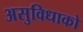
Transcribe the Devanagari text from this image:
असुविधाको